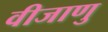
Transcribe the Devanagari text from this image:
वीजाणु